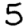
Digit: 5